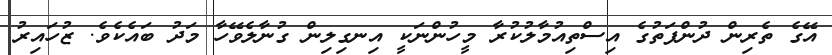
އޭގެ ތެރިން ދުންފަތުގެ އިސްތިއުމާލުކުރާ މީހުންނަކީ އިނގިލިން ގުނާލެވޭހާ މަދު ބައެކެވެ. ޒުހައިރު